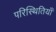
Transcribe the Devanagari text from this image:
परिस्थितियॉं